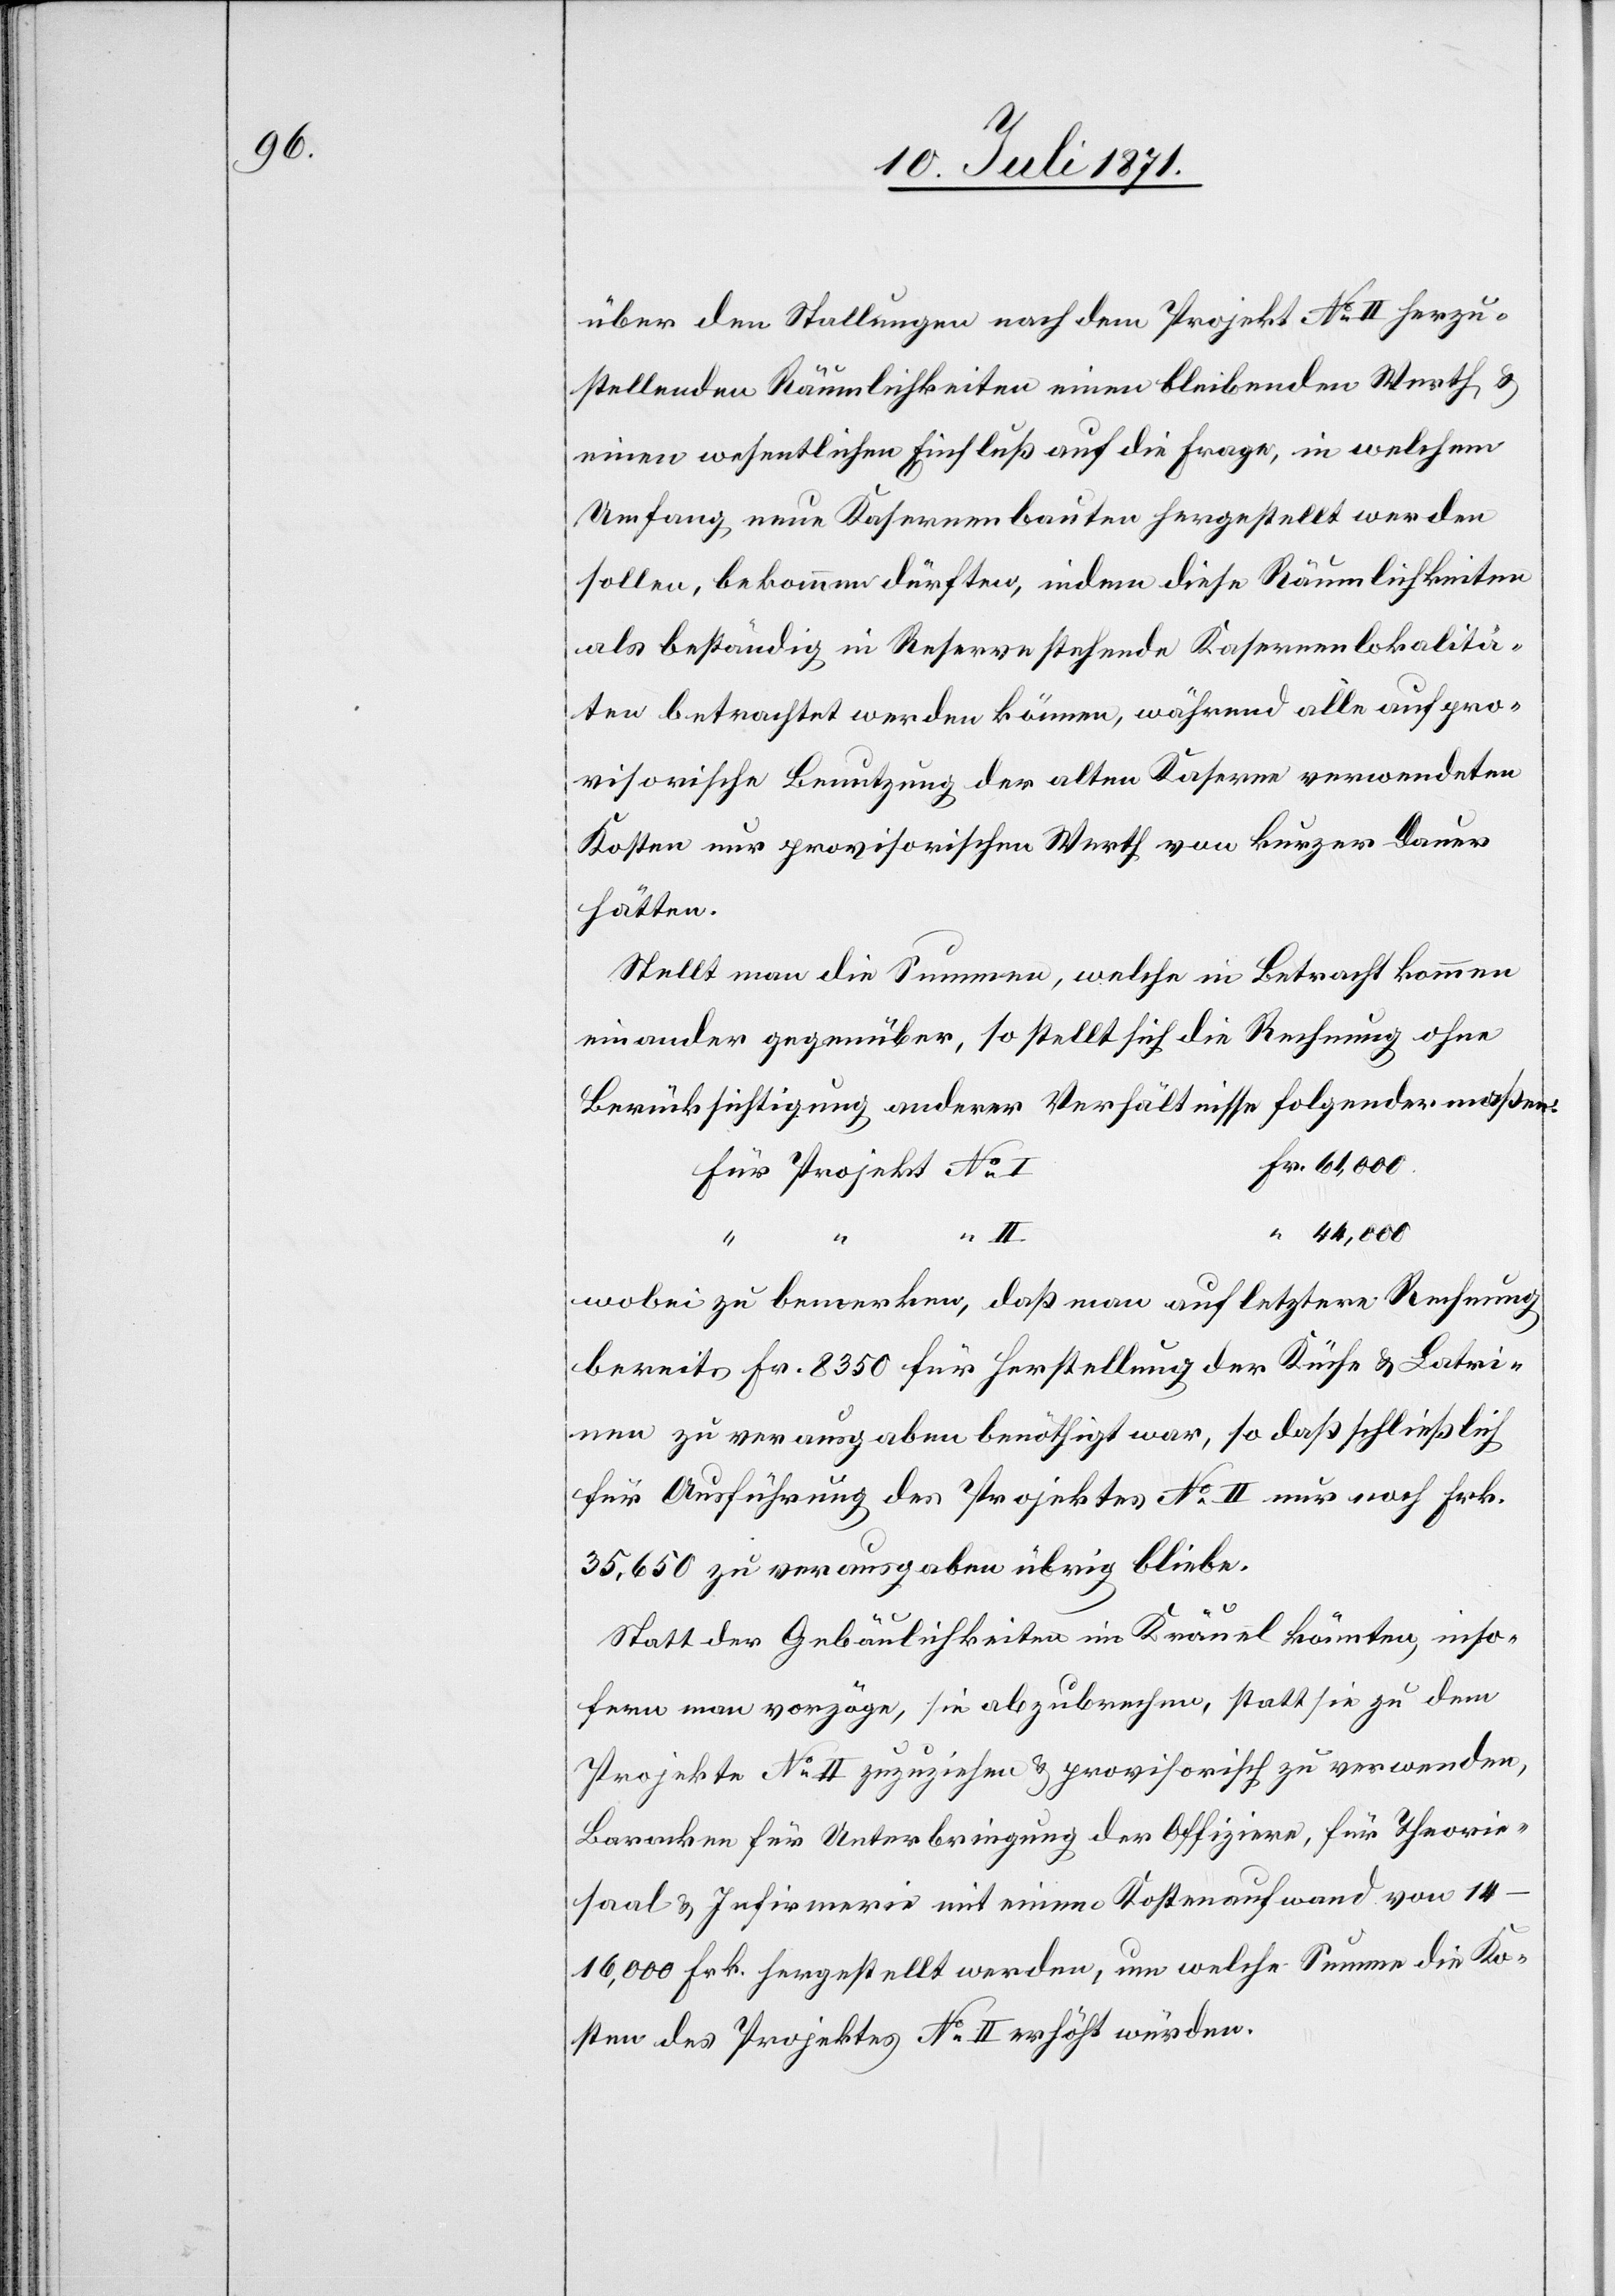
über den Stallungen nach dem Projekt No. II herzu¬
stellenden Räumlichkeiten einen bleibenden Werth u.
einen wesentlichen Einfluß auf die Frage, in welchem
Umfang neue Kasernenbauten hergestellt werden
sollen, bekommen dürften, indem diese Räumlichkeiten
als beständig in Reserve stehende Kasernenlokalitä¬
ten betrachtet werden können, während alle auf pro¬
visorische Benutzung der alten Kaserne verwendeten
Kosten nur provisorischen Werth von kurzer Dauer
hätten.
Stellt man die Summen, welche in Betracht kommen
einander gegenüber, so stellt sich die Rechnung ohne
Berücksichtigung anderer Verhältnisse folgendermaßen:
I	Fr. 61,000.
Für Projekt No.
“ 44,000.
wobei zu bemerken, daß man auf letztere Rechnung
bereits Fr. 8350 für Herstellung der Küche u. Latri¬
nen zu verausgaben benöthigt war, so daß schließlich
für Ausführung des Projektes No. II nur noch Frk.
35,650 zu verausgaben übrig bliebe.
Statt der Gebäulichkeiten im Kräuel könnten, inso¬
fern man vorzöge, sie abzubrechen, statt sie zu dem
Projekte No. II zuzuziehen u. provisorisch zu verwenden,
Baracken für Unterbringung der Offiziere, für Theorie¬
saal u. Infirmerie mit einem Kostenaufwand von
14–16,000 Frk. hergestellt werden, um welche Summe die Ko¬
sten des Projektes No. II erhöht würden.